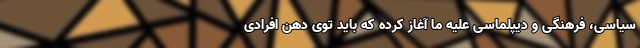
سیاسی، فرهنگی و دیپلماسی علیه ما آغاز کرده که باید توی دهن افرادی